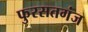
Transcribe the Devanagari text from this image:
फुरसतगंज